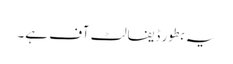
یہ بطور ڈیفالٹ آف ہے۔